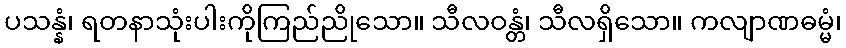
ပသန္နံ၊ ရတနာသုံးပါးကိုကြည်ညိုသော။ သီလဝန္တံ၊ သီလရှိသော။ ကလျာဏဓမ္မံ၊